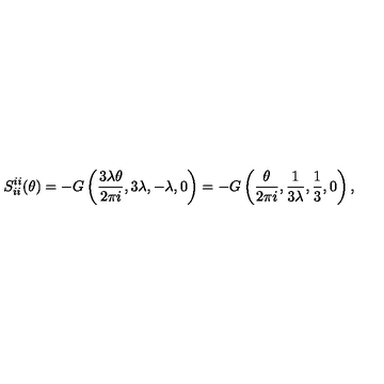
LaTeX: S _ { i i } ^ { i i } ( \theta ) = - G \left( \frac { 3 \lambda \theta } { 2 \pi i } , 3 \lambda , - \lambda , 0 \right) = - G \left( \frac \theta { 2 \pi i } , \frac 1 { 3 \lambda } , \frac 1 3 , 0 \right) ,